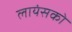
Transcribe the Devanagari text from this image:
लायंसको